Materia medica of Madras volume I
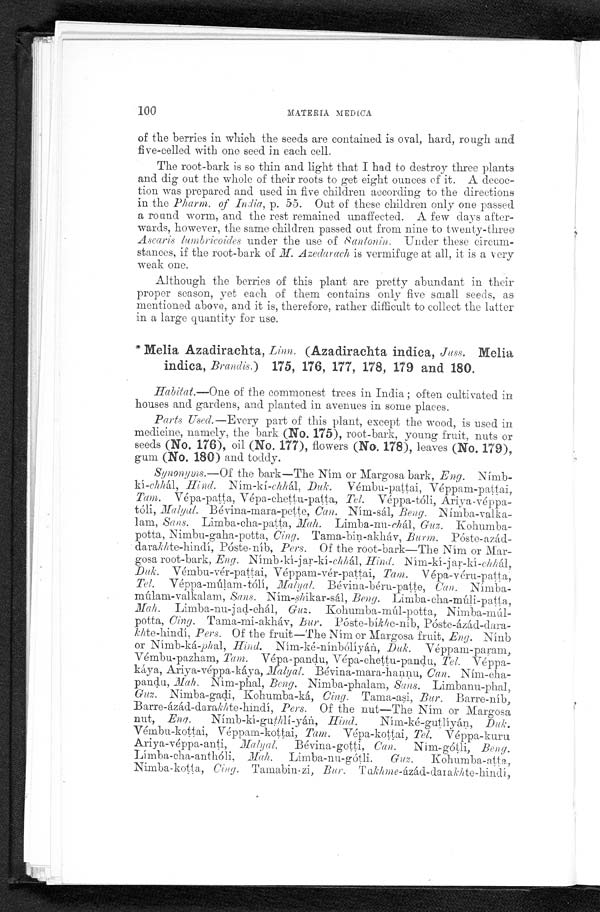
100
MATERIA MEDICA
of the berries in which the seeds are contained is oval, hard, rough and
five-celled with one seed in each cell.
The root-bark is so thin and light that I had to destroy three plants
and dig out the whole of their roots to get eight ounces of it. A decoc-
tion was prepared and used in five children according to the directions
in the Pharm. of India, p. 55. Out of these children only one passed
a round worm, and the rest remained unaffected. A few clays after
- w a r d s , h o w e v e r , t h e s a m e c h i l d r e n p a s s e d o u t f r o m n i n e t o t w e n t y - t h r e e
A s c a r i s
l u m b r i c o i d e s
u n d e r t h e u s e o f
S a n t o n i n
. Under these circum-
stances, if the root-bark of M. Azedarach is vermifuge at all, it is a very
weak one.
Although the berries of this plant are pretty abundant in their
proper season, yet each of them contains only five small seeds, as
mentioned above, and it is, therefore, rather difficult to collect the latter
in a large quantity for use.
* Me l i a Az a di r a c ht a , Li nn. ( Az a di r a c ht a i ndi c a , Juss. Me l i a
indica, Brandin.) 175, 176, 177, 178, 179 and 180.
Habitat. —One of the commonest trees in India; often cultivated in
houses and gardens, and planted in avenues in some places.
Parts Used.—Every part of this plant, except the wood, is used in
medicine, namely, the bark (No. 175) , root-bark, young fruit, nuts or
seeds (No. 176) , oil (No. 177) , flowers (No. 178) , leaves (No. 179) ,
gum (No. 180) and toddy.
Synonyms.— Of the bark—The Ním or Margosa bark, Eng. Nímb-
kí-chhál, H i n
d .
N í m - k í -
c h h
á l ,
D u k .
V é m b u - p a t t a i , V é p p a m - p a t t a i ,
Tam. Vépa-patta, Vépa-chettu-patta, Tel. Véppa-tóli, Ariya-véppa-
tóli,M a l y a l
. B é v i n a - m a r a - p e t t e ,
C a n .
N í m - s á l ,
B e n g .
Nímba-valka-
lam, Sans. Limba-cha-patta, Mah. Limba-nu-c h
á l
, G u z .
Kohumba--
potta, Nimbu-gaha-gotta, Cing. Tama-bin-akháv, Burm. Póste-azád-
darakh te-hindí, Póste-níb, Pers. Of the root-bark—The Ním or Mar-
gosa root-bark, Eng. Nímb-kí-jar-kí-chhál, Hind. Ním-kí-jar-kí-c h h
á l ,
Duk. Vémbu-vér-pattai, Véppam-vér-pattai, Tam. Vépa-véru-patta,
Tel. Véppa-múlam-tólí, Malyal. Bé vina-béru-patte, Can . Nímba
-
múlam-valkalam, Sans. Ním-sh i k a r - s á l ,
B e n g .
Limba
- c h a - m ú l i - p a t t a ,
M a h .
L i m b a , - n u - j
a d
- c h á l ,
G u z .
Kohumba-múl-potta, Nimba-múl-
potta, Cing. Tanta-mi-akháv, Bur. Póste-bíkhe-níb, Póste-ázád-dara-
khte-hindí, Pers. Of the fruit—The Ním or Margosa fruit, Eng. Nínb
or Nimb-ká-ph al, Hind. Ním-ké-nínbólíyán, D u k .
V é p p a m - p a r a m ,
Vémbu-pazham, Tam. Vépa-pandu, Vépa-chettu-pandu, Tel. Véppa-
káya, Ariya-véppa-káya,M a l y a l .
B é v i n a - m a r a - h a n n u ,
C a n . N
í m-cha-
pandu, Mah. Nim-phal, Bong. Nimba-phalam, Sans. Limbanu-phal,
Guz. Nimba-gadi, Kohumba-ká, Cing. Tama-asi, Bur. Barre-níb,
Barre-ázád-dara kh te-hindí, Pers. Of the nut—The Ním or Margosa
nut, Eng.
Nímb-kí-guthlí-yán, H ind.
Ním-ké-gutlíyán,
D u k .
V é m b u - k o t t a i , V é p p a m - k o t t a iT
a m .
V é p a - k o t t a i ,
T e l .
Véppa-kuru
Ariya-véppa-anti, Malyal. Bé vina-
gotti, Can. Ním-gótli, Beng.
L i
m b a - c h a - a n t h ó l i ,
M a h .
L i m b a - n u - g ó t l i .
G u z
. Kohumba-att
a , N i m b a - k o t t a . ,
C i n g .
T a m a b i n - z i ,
B u r .T
a
k h m e
- á z á d - d a r a
k h
t e - h i n d i ,